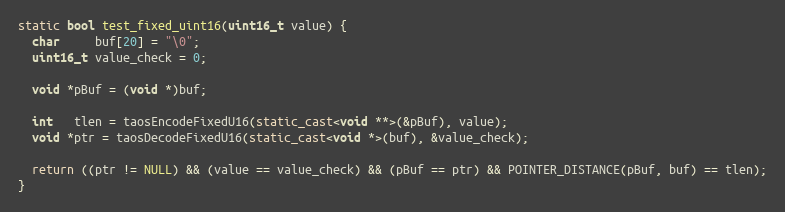
Language: C++
static bool test_fixed_uint16(uint16_t value) {
  char     buf[20] = "\0";
  uint16_t value_check = 0;

  void *pBuf = (void *)buf;

  int   tlen = taosEncodeFixedU16(static_cast<void **>(&pBuf), value);
  void *ptr = taosDecodeFixedU16(static_cast<void *>(buf), &value_check);

  return ((ptr != NULL) && (value == value_check) && (pBuf == ptr) && POINTER_DISTANCE(pBuf, buf) == tlen);
}